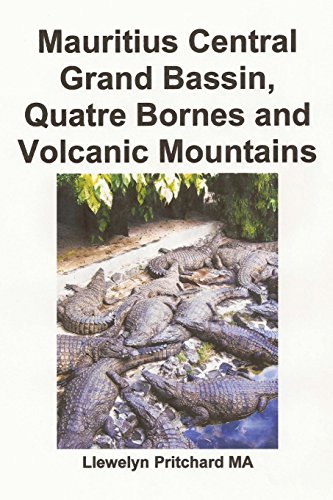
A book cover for Mauritius Central Grand Bassin, Quatre Bornes and Volcanic Mountains: Un Souvenir Collezione di fotografie a colori con didascalie (Foto Album) (Volume 12) (Italian Edition); Llewelyn Pritchard MA; Travel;